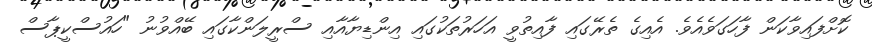
ކޮށްފައިވާކަން ފާހަގަވެއެވެ. އެއިގެ ތެރޭގައި ފާއިތުވީ އަހަރުތަކުގައި އިންޑިޔާއާއި ސްރީލަންކާގައި ބޭއްވުނު "ހައުސްކީޕާސް